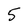
Character: 5